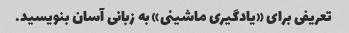
تعریفی برای «یادگیری ماشینی» به زبانی آسان بنویسید.